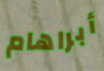
أبراهام